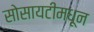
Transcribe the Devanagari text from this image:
सोसायटीमधून